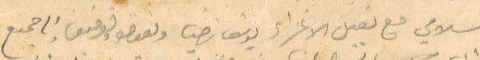
سلامي مع تقبيل الاغزاء يوسف ناصيف ونعمصو وتوفيق والجميع